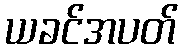
ယခင်အပတ်